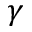
\gamma